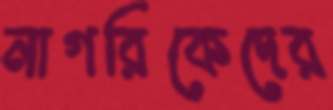
নাগরিকেদের